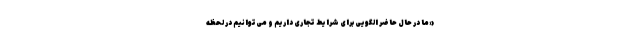
«ما در حال حاضر الگویی برای شرایط تجاری داریم و می‌توانیم در لحظه